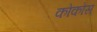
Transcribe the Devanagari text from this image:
कोकोस्